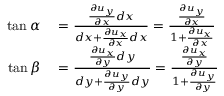
\begin{array} { r l } { \tan \alpha } & { { } = { \frac { { \frac { \partial u _ { y } } { \partial x } } d x } { d x + { \frac { \partial u _ { x } } { \partial x } } d x } } = { \frac { \frac { \partial u _ { y } } { \partial x } } { 1 + { \frac { \partial u _ { x } } { \partial x } } } } } \\ { \tan \beta } & { { } = { \frac { { \frac { \partial u _ { x } } { \partial y } } d y } { d y + { \frac { \partial u _ { y } } { \partial y } } d y } } = { \frac { \frac { \partial u _ { x } } { \partial y } } { 1 + { \frac { \partial u _ { y } } { \partial y } } } } } \end{array}